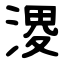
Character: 溭